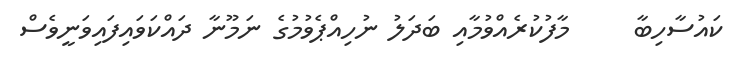
ކައުސާހިބާ     މާފުކުރެއްވުމާއި ބަދަލު ނުހިއްޕެވުމުގެ ނަމޫނާ ދައްކަވައިފައިވަނީވެސް